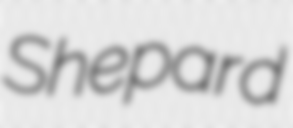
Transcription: Shepard